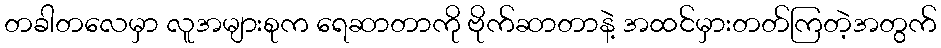
တခါတလေမှာ လူအများစုက ရေဆာတာကို ဗိုက်ဆာတာနဲ့ အထင်မှားတတ်ကြတဲ့အတွက်